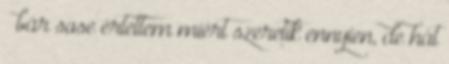
– bár sose értettem miért szeretik ennyien, de hát